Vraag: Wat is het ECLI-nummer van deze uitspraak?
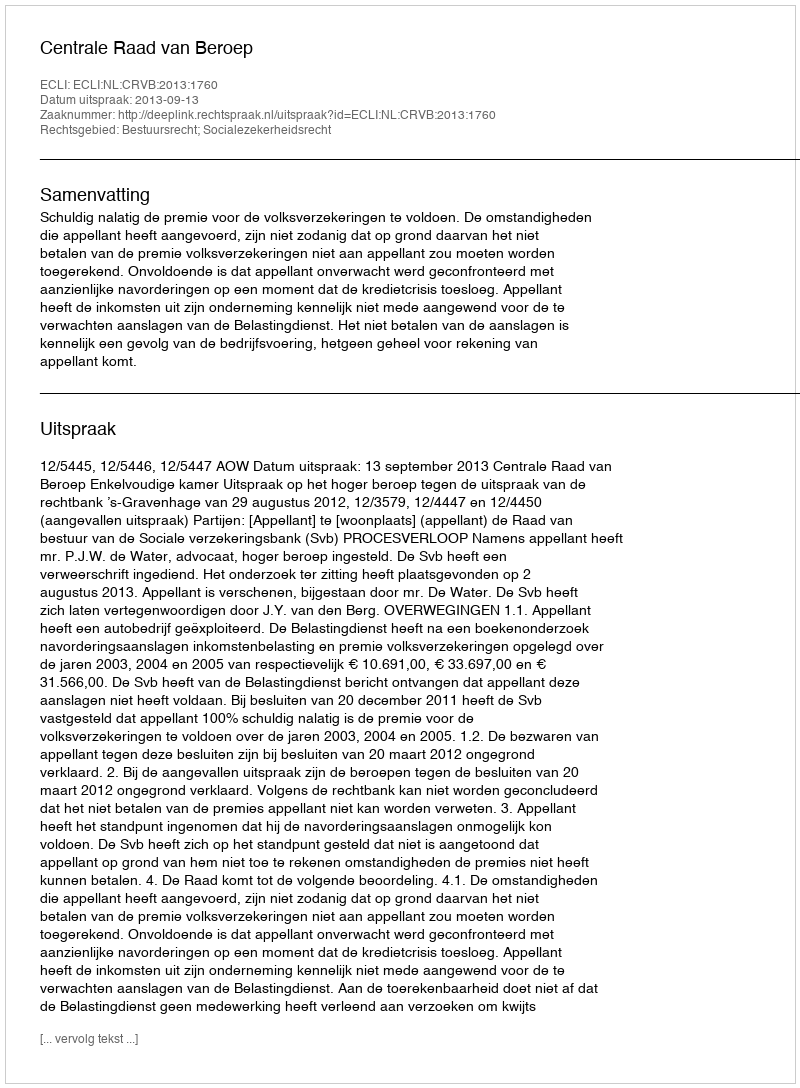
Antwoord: ECLI:NL:CRVB:2013:1760